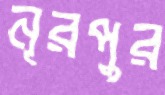
নূরপুর